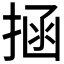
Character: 𭡝